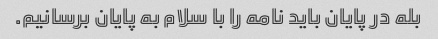
بله در پایان باید نامه را با سلام به پایان برسانیم.